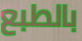
بالطبع